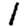
Digit: 1